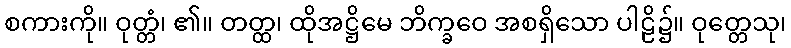
စကားကို။ ဝုတ္တံ၊ ၏။ တတ္ထ၊ ထိုအဋ္ဌိမေ ဘိက္ခဝေ အစရှိသော ပါဠိ၌။ ဝုတ္တေသု၊